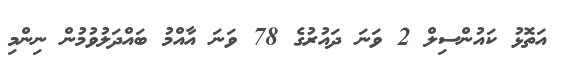
އަތޮޅު ކައުންސިލް 2 ވަނަ ދައުރުގެ 78 ވަނަ އާއްމު ބައްދަލުވުމުން ނިންމި